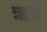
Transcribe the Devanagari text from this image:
ऋते